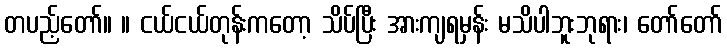
တပည့်တော်။ ။ ငယ်ငယ်တုန်းကတော့ သိပ်ပြီး အားကျရမှန်း မသိပါဘူးဘုရား၊ တော်တော်